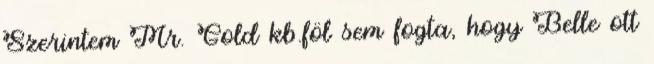
Szerintem Mr. Gold kb.föl sem fogta, hogy Belle ott